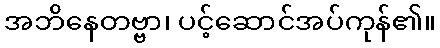
အဘိနေတဗ္ဗာ၊ ပင့်ဆောင်အပ်ကုန်၏။